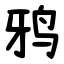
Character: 鸦